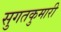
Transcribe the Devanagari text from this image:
सुगतकुमारी